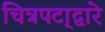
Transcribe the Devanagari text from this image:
चित्रपटा्द्वारे